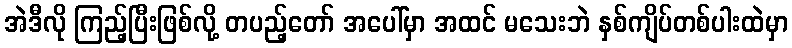
အဲဒီလို ကြည့်ပြီးဖြစ်လို့ တပည့်တော် အပေါ်မှာ အထင် မသေးဘဲ နှစ်ကျိပ်တစ်ပါးထဲမှာ